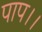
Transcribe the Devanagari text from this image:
पाप।।